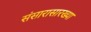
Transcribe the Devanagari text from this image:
संसारासारख्या